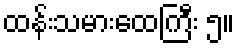
ထန်းသမားထေကြီး ၅။